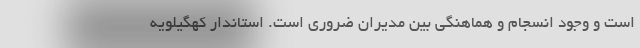
است و وجود انسجام و هماهنگی بین مدیران ضروری است. استاندار کهگیلویه